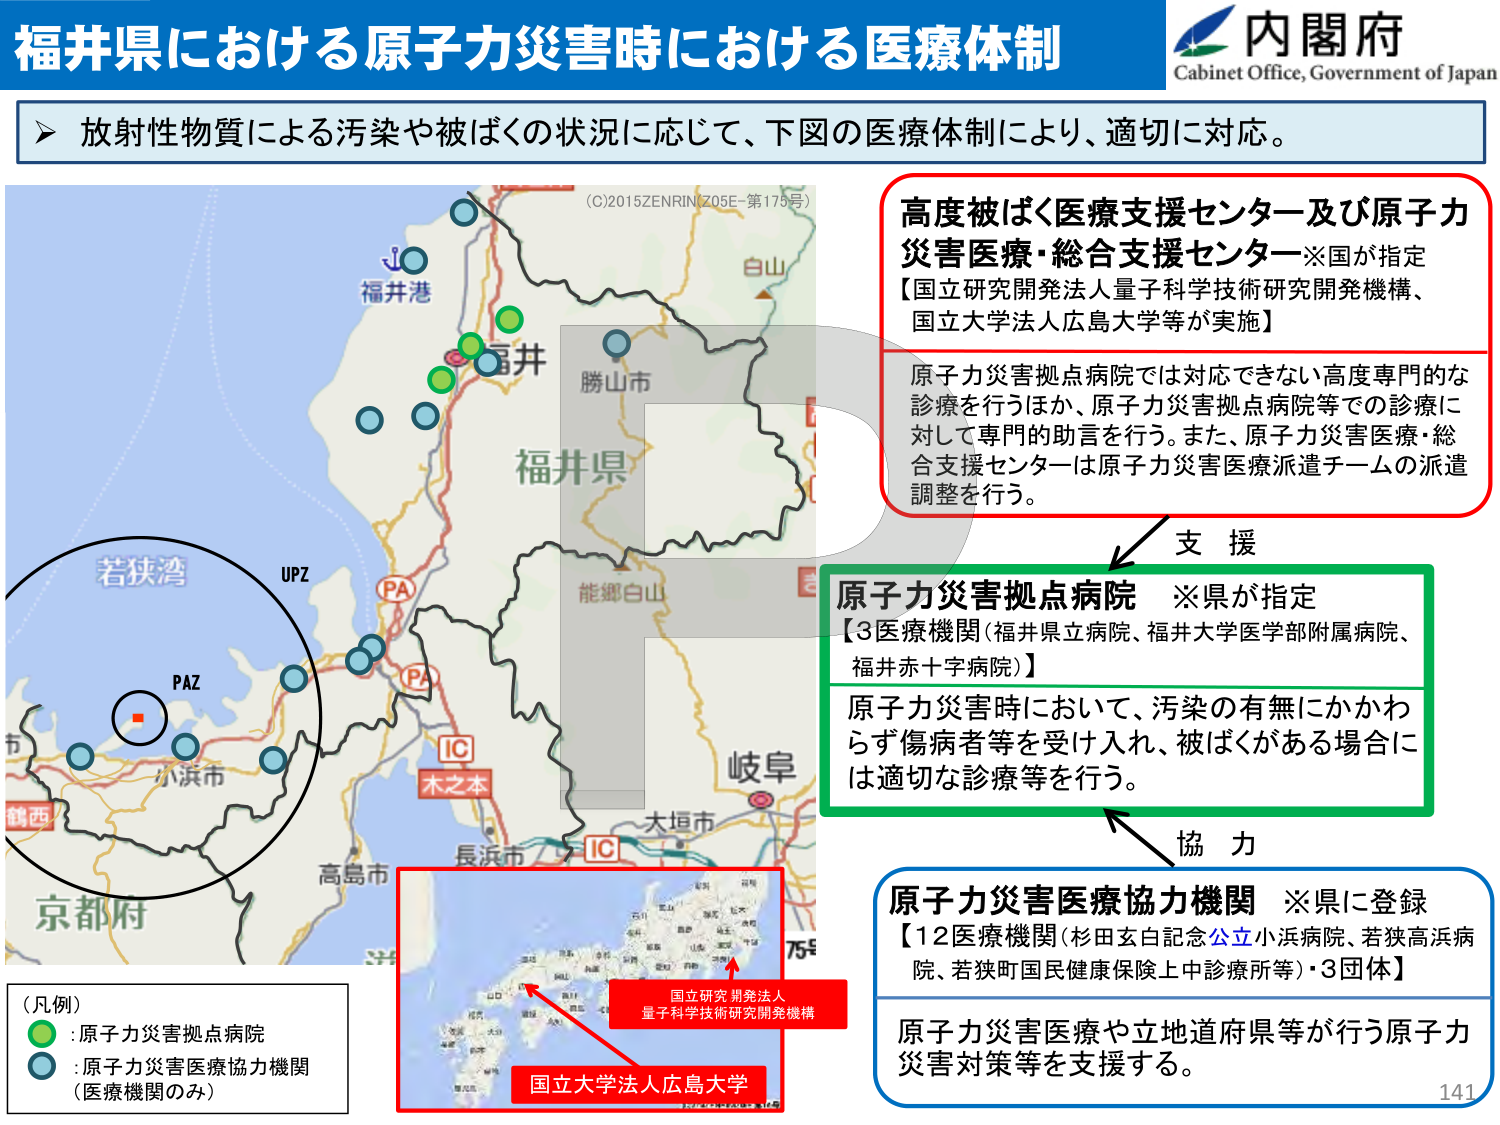
福井県における原子力災害時における医療体制
内閣府
Cabinet Office, Government of Japan
放射性物質による汚染や被ばくの状況に応じて、下図の医療体制により、適切に対応。
(C)2015ZENRIN(Z05E-第175号)
福井港
白山
福井
勝山市
福井県
能郷白山
若狭湾
UPZ
PA
PA
IC
木之本
小浜市
長浜市
IC
大垣市
岐阜
高島市
京都市
鶴西
(凡例)
: 原子力災害拠点病院
: 原子力災害医療協力機関
(医療機関のみ)
国立研究開発法人
量子科学技術研究開発機構
国立大学法人広島大学
高度被ばく医療支援センター及び原子力
災害医療・総合支援センター※国が指定
【国立研究開発法人量子科学技術研究開発機構、
国立大学法人広島大学等が実施】
原子力災害拠点病院では対応できない高度専門的な
診療を行うほか、原子力災害拠点病院等での診療に
対して専門的助言を行う。また、原子力災害医療・総
合支援センターは原子力災害医療派遣チームの派遣
調整を行う。
支援
原子力災害拠点病院 ※県が指定
【3医療機関(福井県立病院、福井大学医学部附属病院、
福井赤十字病院)】
原子力災害時において、汚染の有無にかかわ
らず傷病者等を受け入れ、被ばくがある場合に
は適切な診療等を行う。
協力
原子力災害医療協力機関 ※県に登録
【12医療機関(杉田玄白記念公立小浜病院、若狭高浜病
院、若狭町国民健康保険上中診療所等)・3団体】
原子力災害医療や立地道府県等が行う原子力
災害対策等を支援する。
141